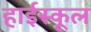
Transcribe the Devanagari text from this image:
हार्इस्कूल